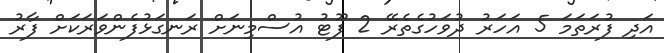
އަދި ފުރަތަމަ 5 އަހަރު ދުވަހުގެތެރޭ 2 ފޫޓު އުސްމިނަށް ރަނގަޅުފެންވަރަކަށް ފާރު